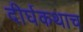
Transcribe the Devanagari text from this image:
दीर्घकथाच